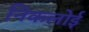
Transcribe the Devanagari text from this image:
निकलोई